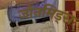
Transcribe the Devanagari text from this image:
जोनमिड्स